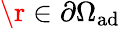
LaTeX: \r\in\partial\Omega_{\mathrm{{ad}}}